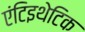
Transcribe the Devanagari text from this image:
एंटिइथेटिक